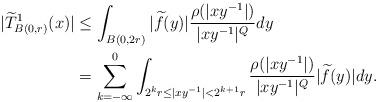
LaTeX: \begin{align*}|\widetilde{T}^{1}_{B(0,r)}(x)|&\leq\int_{B(0,2r)}|\widetilde{f}(y)|\frac{\rho(|xy^{-1}|)}{|xy^{-1}|^{Q}}dy\\ &= \sum_{k=-\infty}^{0}\int_{2^{k}r\leq|xy^{-1}|<2^{k+1}r}\frac{\rho(|xy^{-1}|)}{|xy^{-1}|^{Q}}|\widetilde{f}(y)|dy.\end{align*}